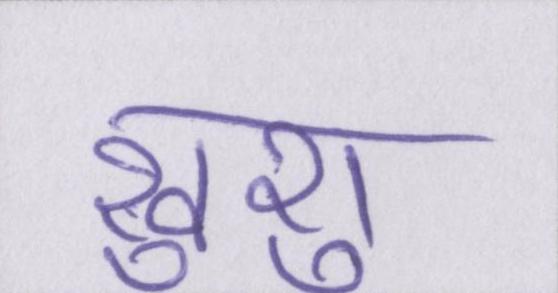
खुशु